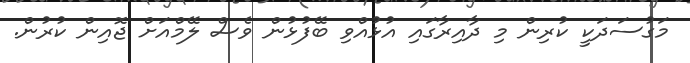
މަގުސަދަކީ ކުރިން މި ދާއިރާގައި އުޅުއްވި ބޭފުޅުން ވެސް ލޭމްއަށް ޖޮއިން ކުރުން.